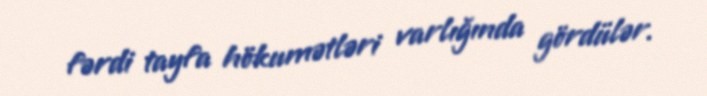
fərdi tayfa hökumətləri varlığında gördülər.